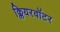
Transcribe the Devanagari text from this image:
क्लियरवॉटर